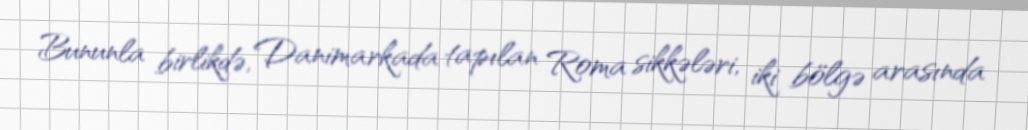
Bununla birlikdə, Danimarkada tapılan Roma sikkələri, iki bölgə arasında